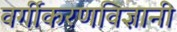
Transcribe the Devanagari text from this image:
वर्गीकरणविज्ञानी